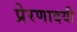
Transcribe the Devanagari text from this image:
प्रेरणादयी